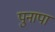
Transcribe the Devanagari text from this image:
पुनापा